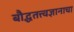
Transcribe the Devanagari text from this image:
बौद्धतत्त्वज्ञानाचा